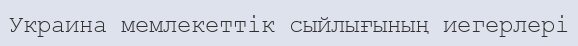
Украина мемлекеттік сыйлығының иегерлері